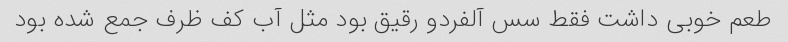
طعم خوبی داشت فقط سس آلفردو رقیق بود مثل آب کف ظرف جمع شده بود